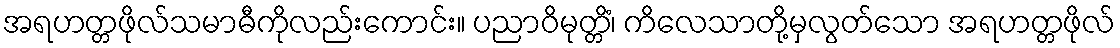
အရဟတ္တဖိုလ်သမာဓီကိုလည်းကောင်း။ ပညာဝိမုတ္တိံ၊ ကိလေသာတို့မှလွတ်သော အရဟတ္တဖိုလ်